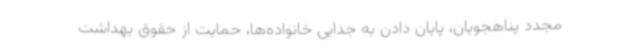
مجدد پناهجویان،‌ پایان دادن به جدایی خانواده‌ها، حمایت از حقوق بهداشت